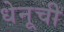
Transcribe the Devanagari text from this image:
धेनूची